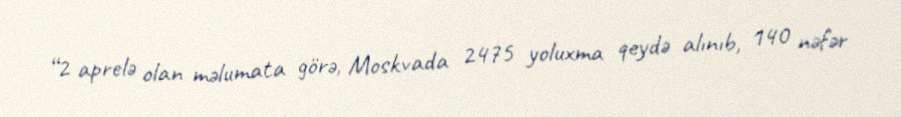
“2 aprelə olan məlumata görə, Moskvada 2475 yoluxma qeydə alınıb, 140 nəfər